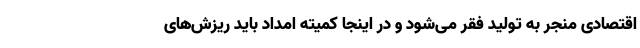
اقتصادی منجر به تولید فقر می‌شود و در اینجا کمیته امداد باید ریزش‌های